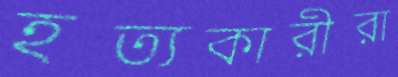
হত্যকারীরা